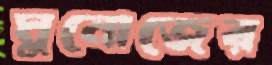
মুনোজের